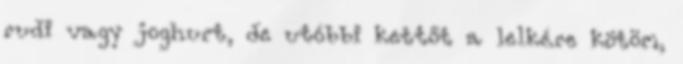
rudi vagy joghurt, de utóbbi kettőt a lelkére kötöm,